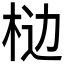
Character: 𰗥